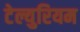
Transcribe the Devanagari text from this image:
टेल्युरियम